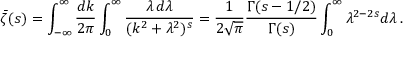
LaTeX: \bar { \zeta } ( s ) = \int _ { - \infty } ^ { \infty } \frac { d k } { 2 \pi } \int _ { 0 } ^ { \infty } \frac { \lambda \, d \lambda } { ( k ^ { 2 } + \lambda ^ { 2 } ) ^ { s } } = \frac { 1 } { 2 \sqrt { \pi } } \frac { \Gamma ( s - 1 / 2 ) } { \Gamma ( s ) } \int _ { 0 } ^ { \infty } \lambda ^ { 2 - 2 s } d \lambda \, { . }